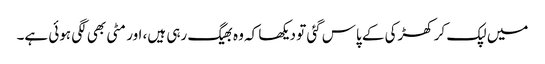
میں‌ لپک کر کھڑکی کے پاس گئی تو دیکھا کہ وہ بھیگ رہی ہیں، اور مٹی بھی لگی ہوئی ہے۔